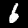
Digit: 6